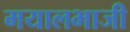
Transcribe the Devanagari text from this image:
मयालभाजी